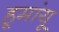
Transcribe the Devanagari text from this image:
हूमांयू